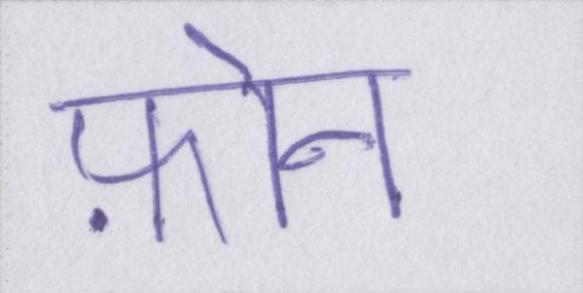
फ़ोन